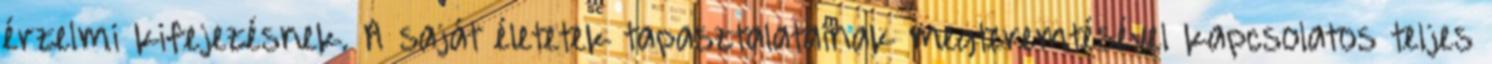
érzelmi kifejezésnek. A saját életetek tapasztalatainak megteremtésével kapcsolatos teljes